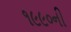
૧૯૯૦ની